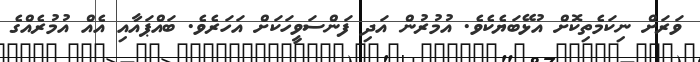
ވަރަށް ނިކަމެތިކޮށް އުޅޭބަޔެކެވެ. އުމުރުން އަދި ފަންސަވީހަކަށް އަހަރެވެ. ބައްޕައާއި އެއް އުމުރެއްގެ